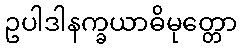
ဥပါဒါနက္ခယာဓိမုတ္တော